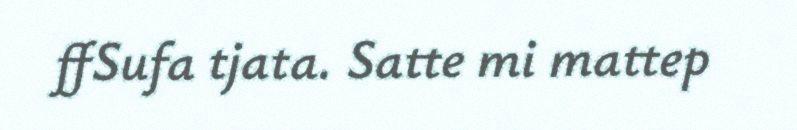
ffSufa tjata. Satte mi mattep